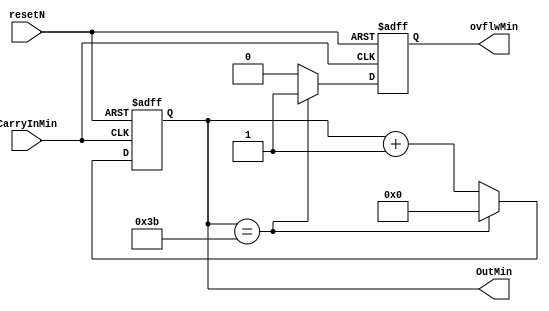
module MinIncrease(CarryInMin,resetN, OutMin, ovflwMin);
input CarryInMin, resetN;
output [5:0] OutMin;
output reg ovflwMin;

reg [5:0] counter;

always @(posedge CarryInMin or negedge resetN) begin
	     // Asynchronous process, resetN==0:
    if (!resetN) begin
		  //resets the counter, reset overflow output.
        counter <= 0;
        ovflwMin <= 0;
    end
	else if (counter == 59) begin
        counter <= 0;
        ovflwMin <= 1;
    end else begin
        counter <= counter + 1;
        ovflwMin <= 0;
    end
end

assign OutMin = counter;

endmodule